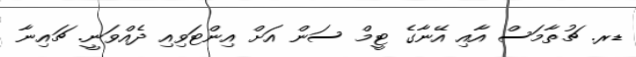
ޑރ. ޗުތާމަސް އާއި އޭނާގެ ޓީމް ސަން އަށް އިންޓަވިއި ދެއްވަނީ. ޗައިނާ